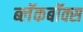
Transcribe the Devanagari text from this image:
ब्‍लॅकबॉक्स